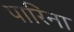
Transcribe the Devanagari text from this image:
पारिना